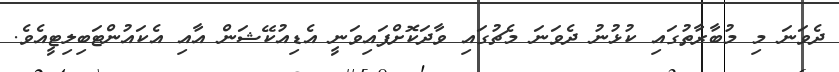
ދެވަނަ މި މުބާރާތުގައި ކުޅުނު ދެވަނަ މެޗުގައި ވާދަކޮށްފައިވަނީ އެޑިއުކޭޝަން އާއި އެކައުންޓަބިލިޓީއެވެ.